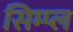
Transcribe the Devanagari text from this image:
सिम्प्ल